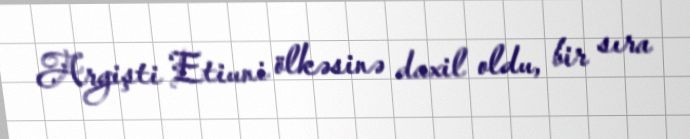
Argişti Etiuni ölkəsinə daxil oldu, bir sıra